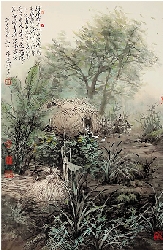
树绕村庄，水满陂塘。